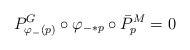
LaTeX: \begin{align*}P^G_{\varphi_-(p)} \circ \varphi_{-*p} \circ \bar P^M_p = 0\end{align*}